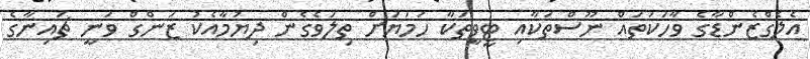
އެލެގްޒެންޑާގެ ވާހަކަތައް ނޫސްތަކާއި ޓީވީތަކާ ހަމަޔަށް ތިލަވެގެން ދިޔުމާއެކު ޒަންގް ވަނީ ޗައިނާގެ